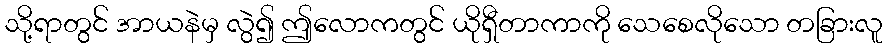
သို့ရာတွင် အာယနဲမှ လွဲ၍ ဤလောကတွင် ယိုရှီတာကာကို သေစေလိုသော တခြားလူ